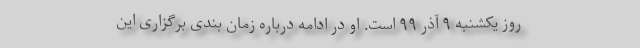
روز یکشنبه ۹ آذر ۹۹ است. او در ادامه درباره زمان بندی برگزاری این